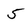
Character: 5